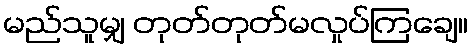
မည်သူမျှ တုတ်တုတ်မလှုပ်ကြချေ။